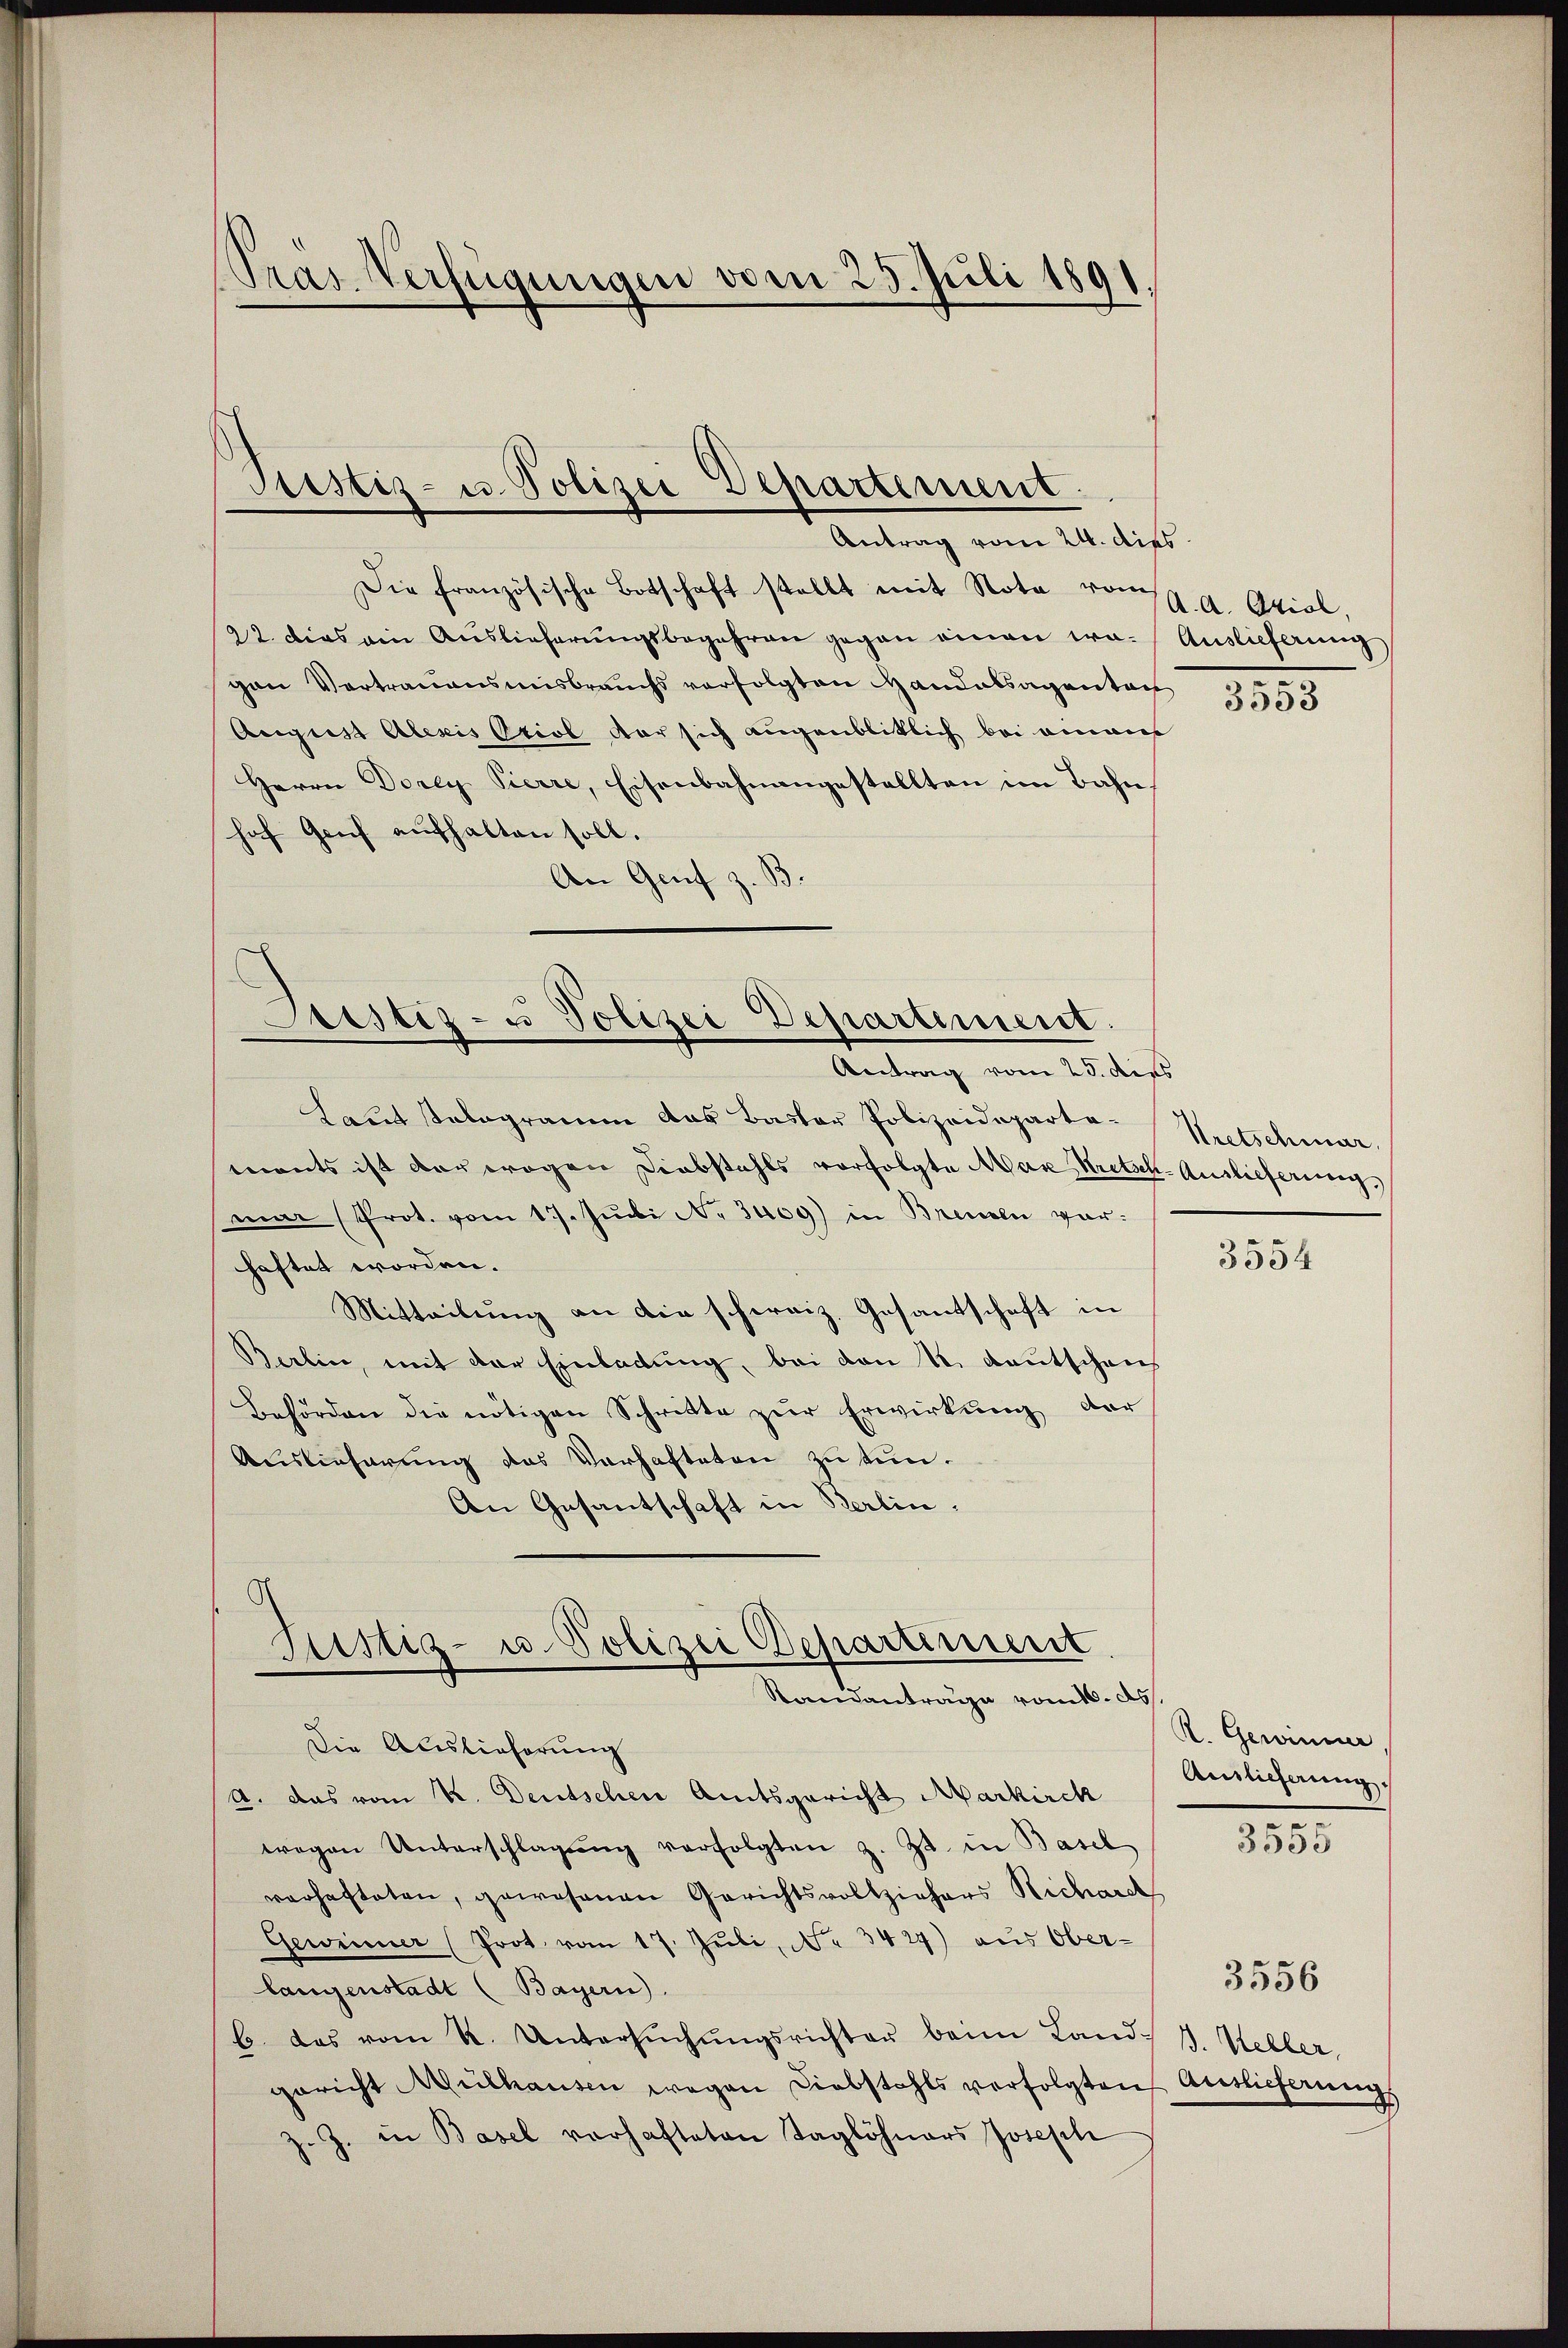
Die französische Botschaft stellt mit Note vom 9. d. Orial,
22. dies ein Auslieferungsbegehren gegen einen wa- Auslieferung
gen Vortrauensmisbrauchs verfolgten Handelsagenten
August Alexis Oriol der sich augenbliklich bei einaus
Herrn Dorey Vierre, Eisenbahnangestellten im Bahn
hof Genf aufhalten soll.
An Genf z. S

Pras Verfügungen vom 25. Juli 1891.

Rustiz- u. Polizei Departement.
Antrag vom 24. dies

Justiz- u Polizei Departement.
Antrag vom 25. dies

Laut Telegramm das Baster Polizeideparte-Kretschwar
ments ist der wegen Diebstahls vorfolgte Max Kretsch-Auslieferung
mar (Prot. vom 17. Jŭni N. 3409) in Brenden vorhaftet worden.
Mitteilung an die schweiz. Gesantschaft in
Berlin, mit der Einladung, bei den 1. deutschens
Behörden die nötigen Schritte zŭr Erwirkŭng der
Auslieferung des Verhafteten zu tun.
An Gesantschaft in Berlin.

Justiz- u. Polizei Departiment
Standantrage vom 16. ds.

Die Auslieferung
A. das vom K. Deutschen Amtsgericht Markirch
wegen Unterschlagŭng verfolgten z. Zt. in Basel
varhafteten, gewesenen Gerichtsvollziehers Richard
Gewinner (Prot. vom 17. Juli, No. 3427) aus Ober-
langenstadt (Bayern).
b. das vom k. Untersŭchŭngsrichter beim Land. J. Keller,
gericht Mülhausen wegen Diebstahls verfolgten
z. Z. in Basel vorhafteten Taglöhners Joseph

3553

3554

R. Gewinner
Ainlicherung.

3555

Auslieferung

3556